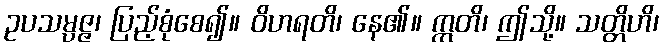
ဥပသမ္ပဇ္ဇ၊ ပြည့်စုံစေ၍။ ဝိဟရတိ၊ နေ၏။ ဣတိ၊ ဤသို့။ သတ္တိဟိ၊